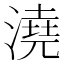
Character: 澆